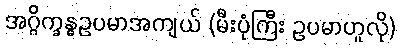
အဂ္ဂိက္ခန္ဓဥပမာအကျယ် (မီးပုံကြီး ဥပမာဟူလို)